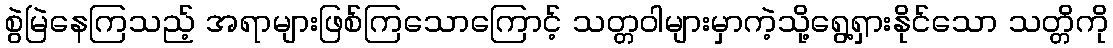
စွဲမြဲနေကြသည့် အရာများဖြစ်ကြသောကြောင့် သတ္တဝါများမှာကဲ့သို့ရွေ့ရှားနိုင်သော သတ္တိကို